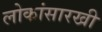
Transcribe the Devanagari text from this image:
लोकांसारखी